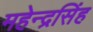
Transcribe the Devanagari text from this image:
महेन्द्रसिंह